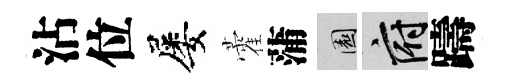
沾位屡藿蒲園府躊